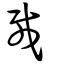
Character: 載